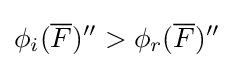
\phi _{i}({\overline {F}})''>\phi _{r}({\overline {F}})''